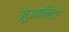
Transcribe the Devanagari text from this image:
जूआनिटा